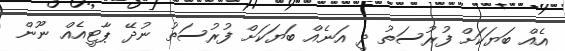
އެއް ބަޔަކަށް ފުރުސަތު ދީ އަނެއް ބަޔަކަށް ފުރުސަތު ނުދޭ ޕާޓީއެއް ނޫން